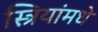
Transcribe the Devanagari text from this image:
स्त्रियांमधे